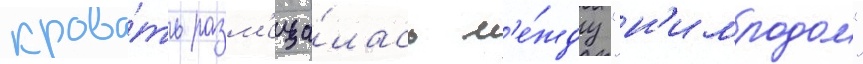
крова́ть разм'еща́лась м'е́жду "н'имродом"